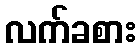
လက်ခစား